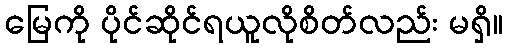
မြေကို ပိုင်ဆိုင်ရယူလိုစိတ်လည်း မရှိ။